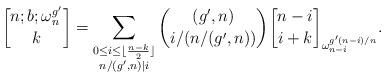
LaTeX: \begin{align*}{n;b;\omega_n^{g'} \brack k}=\sum_{\substack{0 \le i \le \lfloor \frac{n-k}{2} \rfloor \\ n/(g',n) \mid i}} \binom{(g',n)}{i/(n/(g',n))} {n-i \brack i+k}_{\omega_{n-i}^{g'(n-i)/n}}.\end{align*}